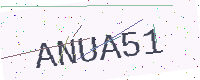
Text: ANUA51